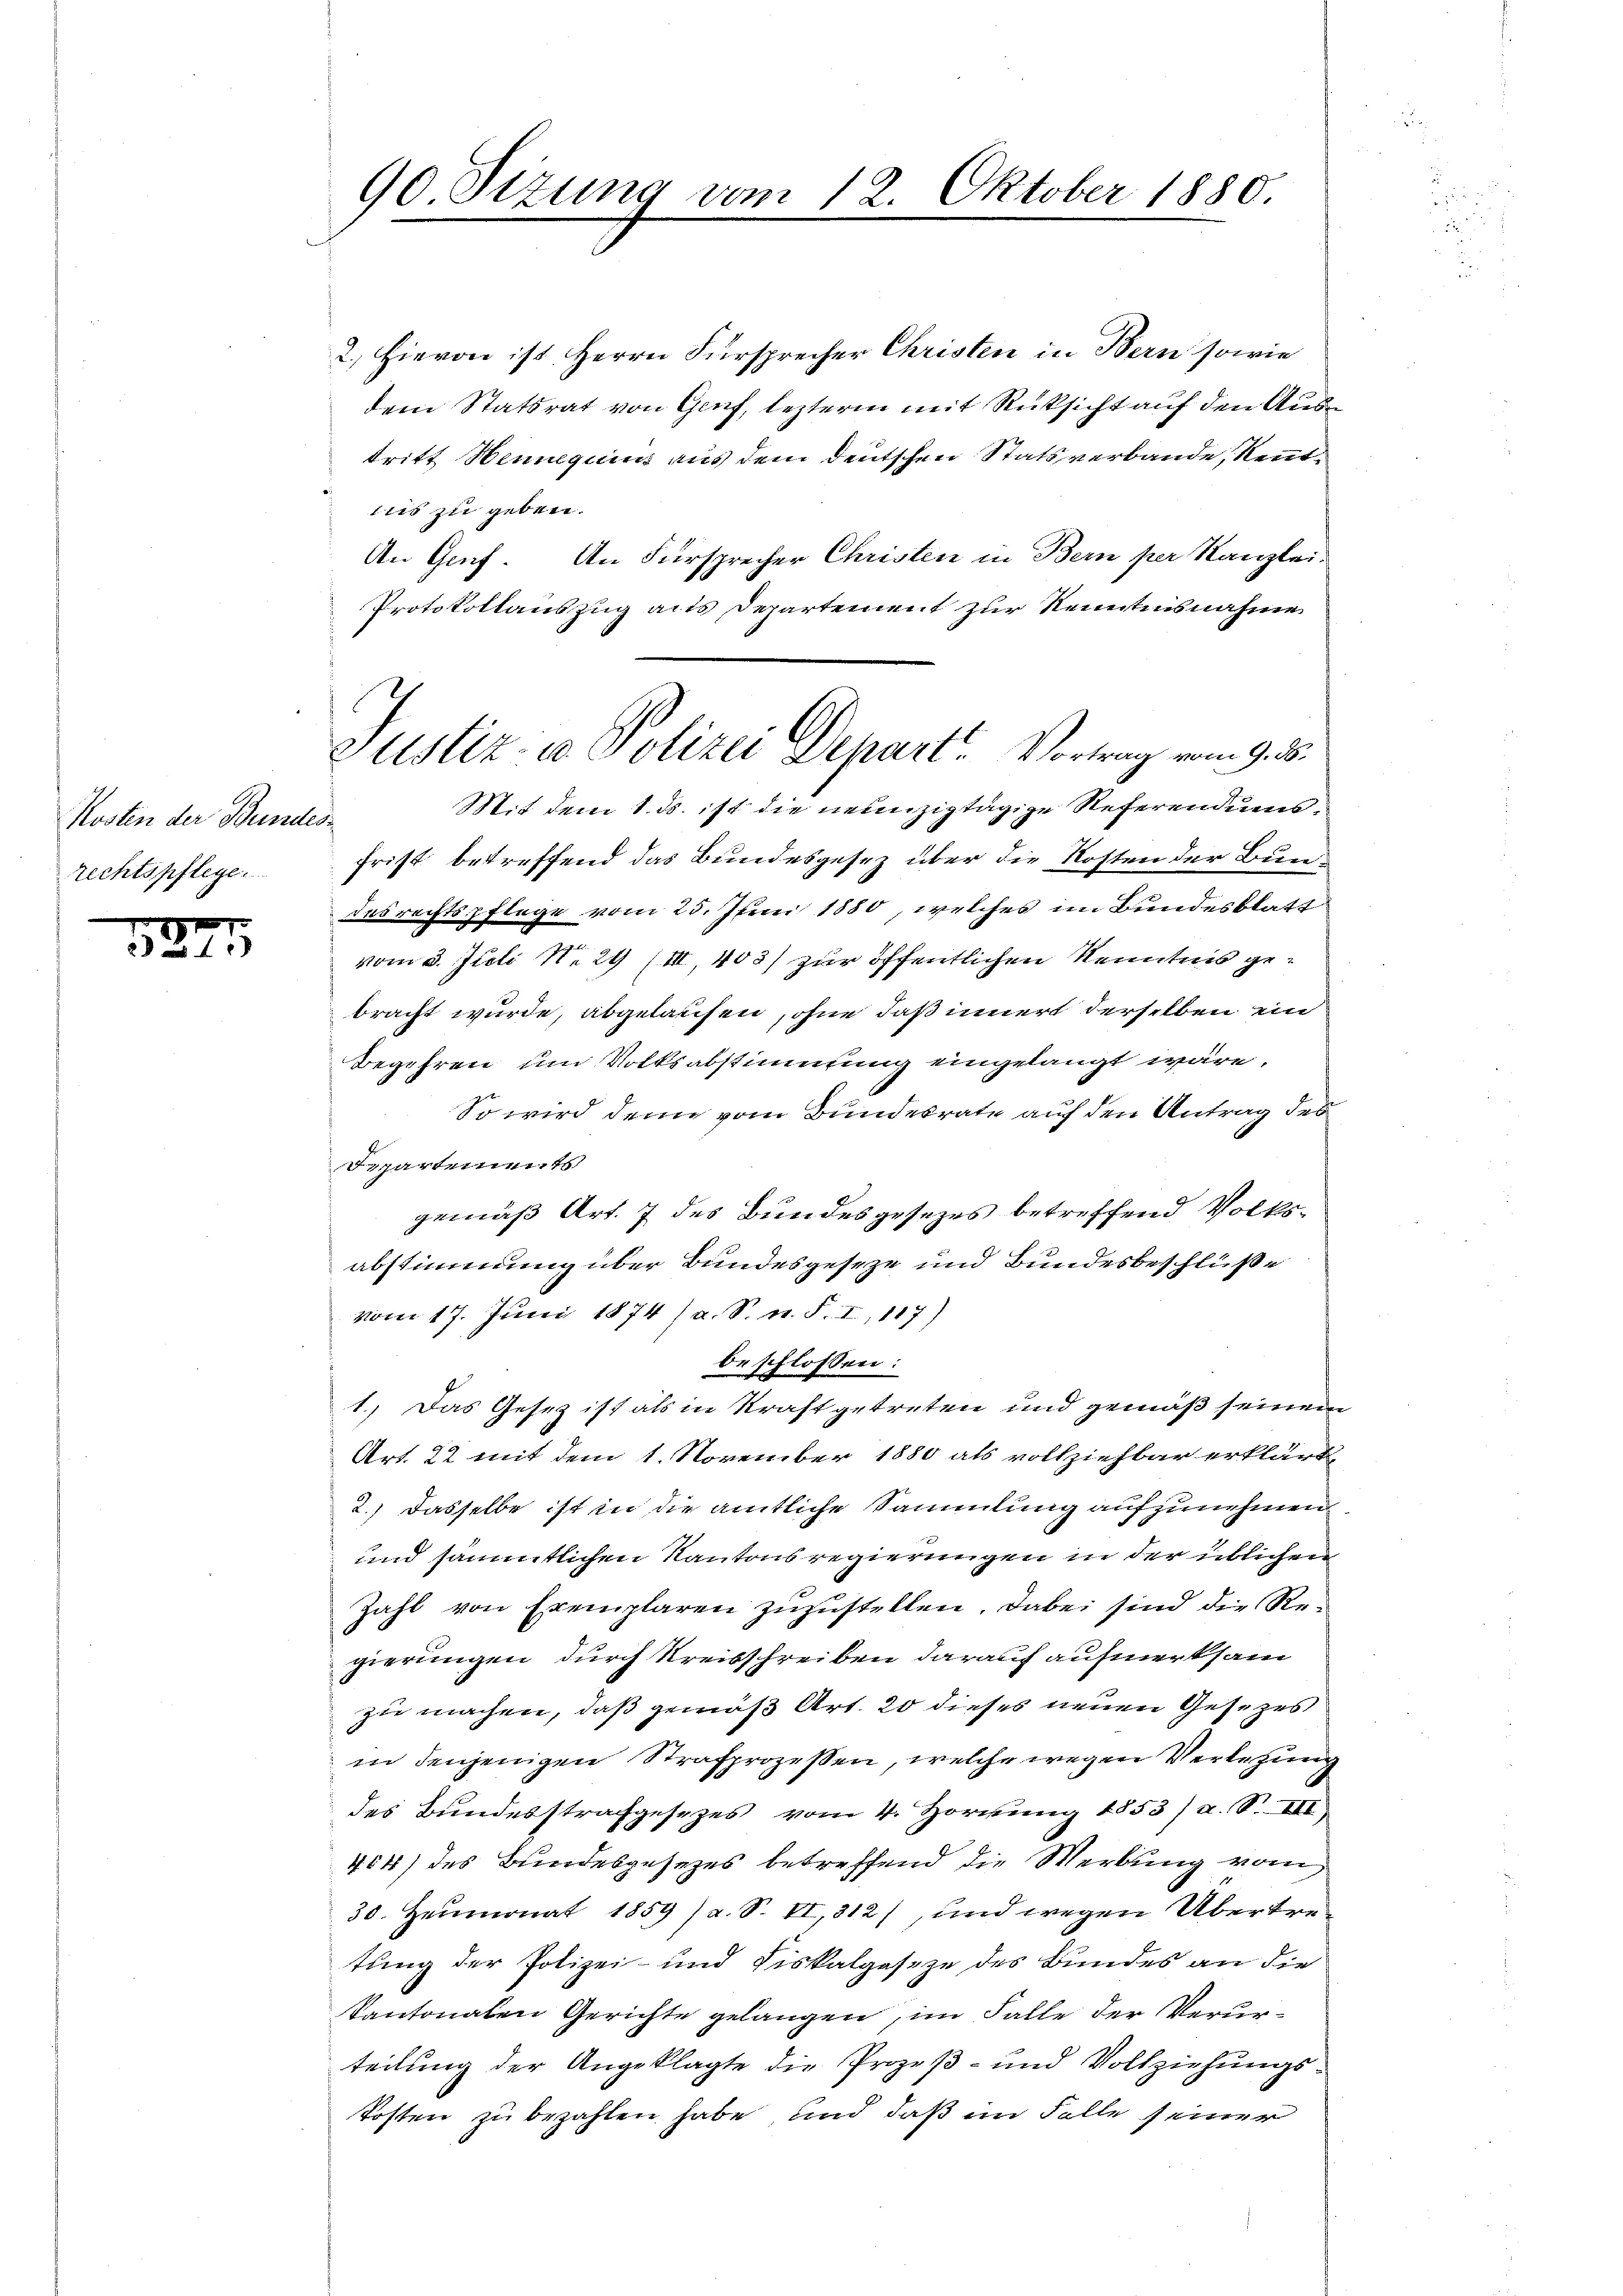
Kosten der Bundesrechtspflege.

524

90 Sizung vom 12. Oktober 1880.

2. Hievon ist Herrn Fürsprecher Christen in Bern sowie
dem Statsrat von Genf, lezterm mit Rücksicht auf den Austritt Hennequis aus dem deutschen Statsverbande, Rentsies zu geben.
An Gruf. An Fürsprecher Christen in Bern per Kanzlei-
Protokollauszug aus Departement zur Kenntnisnahme
Mit dem 1. ds. ist die neunzigtägige Referendumsfrist betreffend das Bundesgesez über die Kosten der Bundes rechtspflege vom 25. Juni 1880, welches im Bundesblatt
vom 3. Juli N. 29 (III, 403) zur öffentlichen Kenntnis gebracht wurde, abgelaufen, ohne daß innert derselben ein
Begehren um Volksabstimmung eingelangt wäre,
So wird denn vom Bundesrate auf den Antrag des
Repartements
gemäß Art. 7 des Bundesgesezes betreffend Volksabstimmung über Bundesgeseze und Bundesbeschlüße
vom 17. Juni 1874 (a. S. n. F. I,117)
beschlossen:
1.) Das Gesez ist als in Kraft getreten und gemäß seinem
Art. 22 mit dem 1. November 1880 als vollziehbar erklärt
2.) Dasselbe ist in die amtliche Sammlung aufzunehmen
und sämmtlichen Kantonsregierungen in der üblichen
Zahl von Exemplaren zuzustellen, dabei sind die Regierungen durch Kreisschreiben darauf aufmerksam
zu machen, daß gemäß Art. 20 dieses neuen Gesezes
in denjenigen Strafprozessen, welche wegen Verlesung
des Bundesstrafgesezes vom 4. Hornung 1853/ a. S. III
404) des Bundesgesezes betreffend die Werbung vom
30. Heumonat 1859 / a. S. II,312), und wegen Übertretung der Polizei- und Fiskalgeseze des Bundes an die
Kantonalen Gerichte gelangen, im Falle der Verurteilung der Angeklagte die Prozeß- und Vollziehungs¬
Posten zu bezahlen habe, und daß im Falle seiner

Justiz- u. Polizei Depart. Vortrag vom 9. d.